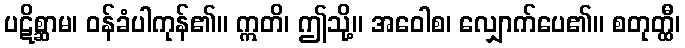
ပဋိစ္ဆာမ၊ ဝန်ခံပါကုန်၏။ ဣတိ၊ ဤသို့။ အဝေါစ၊ လျှောက်ပေ၏။ စတုတ္ထီ၊